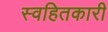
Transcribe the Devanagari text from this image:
स्वहितकारी